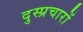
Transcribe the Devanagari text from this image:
दुस्प्रचारों